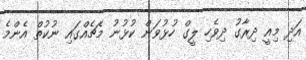
އަދި މިއީ ދިރާގު ދިވެހި ލީގް ހުޅުވަން ކުޅުނު މެޗެއްގައި ނުކުތް އެންމެ